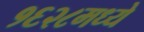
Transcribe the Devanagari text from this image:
१६२८मध्ये